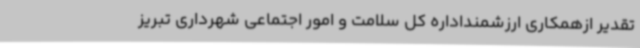
تقدیر ازهمکاری ارزشمنداداره کل سلامت و امور اجتماعی شهرداری تبریز